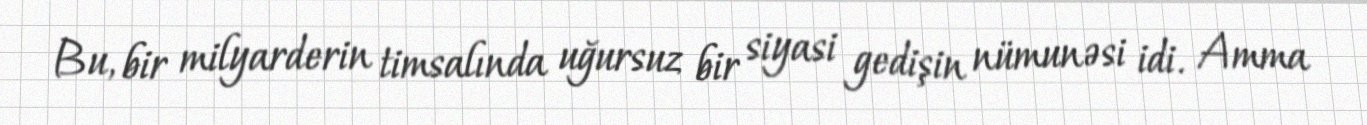
Bu, bir milyarderin timsalında uğursuz bir siyasi gedişin nümunəsi idi. Amma